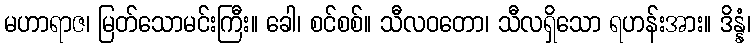
မဟာရာဇ၊ မြတ်သောမင်းကြီး။ ခေါ၊ စင်စစ်။ သီလဝတော၊ သီလရှိသော ရဟန်းအား။ ဒိန္နံ၊